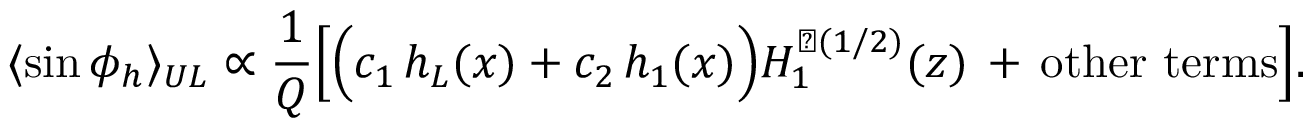
\langle \sin \phi _ { h } \rangle _ { U L } \propto \frac { 1 } { Q } \Big [ \Big ( c _ { 1 } \, h _ { L } ( x ) + c _ { 2 } \, h _ { 1 } ( x ) \Big ) H _ { 1 } ^ { \perp ( 1 / 2 ) } ( z ) \, + \, \mathrm { o t h e r ~ t e r m s } \Big ] .